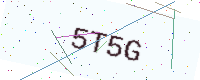
Text: 5T5G